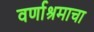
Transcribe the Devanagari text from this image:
वर्णाश्रमाचा